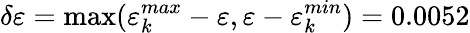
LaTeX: \delta\varepsilon=\operatorname*{max}(\varepsilon_{k}^{max}-\varepsilon,\varepsilon-\varepsilon_{k}^{min})=0.0052